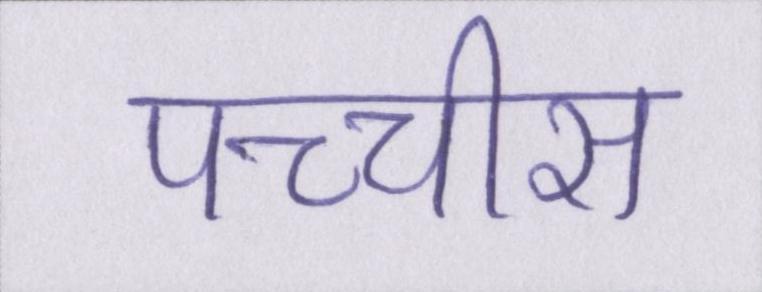
पच्चीस